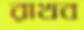
রাখব